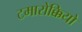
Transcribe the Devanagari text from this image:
टमारोक्कियो